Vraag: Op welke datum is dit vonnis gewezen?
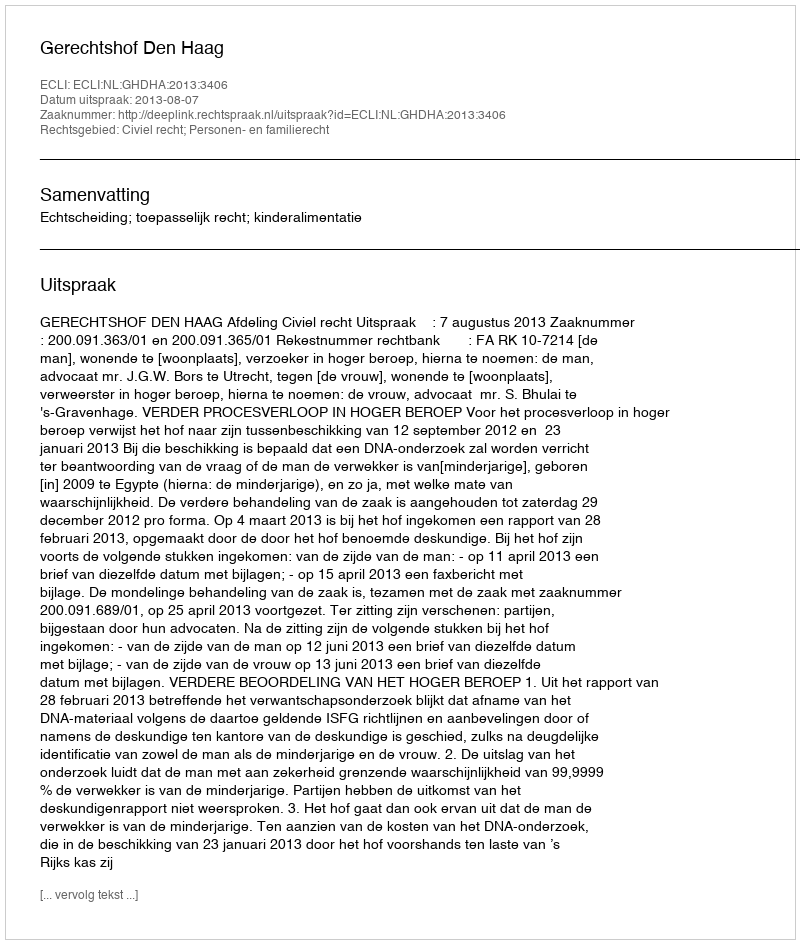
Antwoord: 2013-08-07